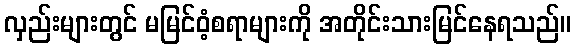
လှည်းများတွင် မမြင်ဝံ့စရာများကို အတိုင်းသားမြင်နေရသည်။